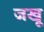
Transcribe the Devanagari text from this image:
जखू